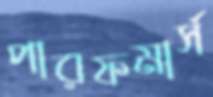
পারফমার্স